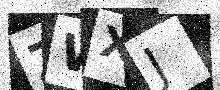
Text: ZWXJ